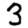
Digit: 3